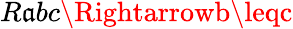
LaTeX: R\mathfrak{a}bc\Rightarrowb\leqc